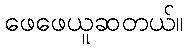
ဖေဖေယူဆတယ်။